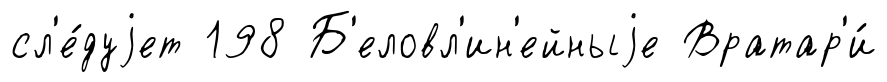
сл'е́дуjет 198 Б'еловл'ин'ейныjе Вратар'и́